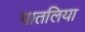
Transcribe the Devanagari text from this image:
पातलिया